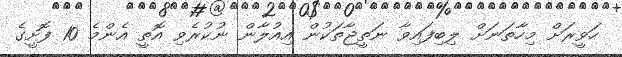
ހަވީރަށް މިހާތަނަށް ލިބިފައިވާ ނަތީޖާތަކުން އިއުލާން ނުކުރެވި އޮތީ އެންމެ 10 ފޮށީގެ